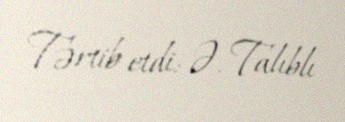
Tərtib etdi: Ə. Talıblı